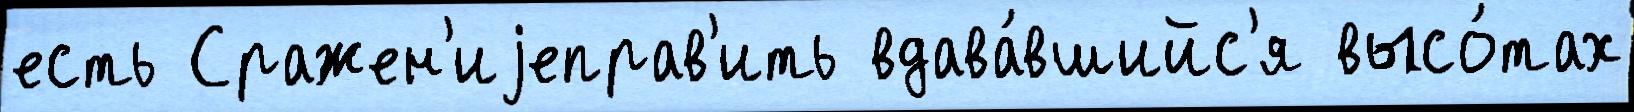
есть Сражен'иjеправ'ить вдава́вшийс'я высо́тах